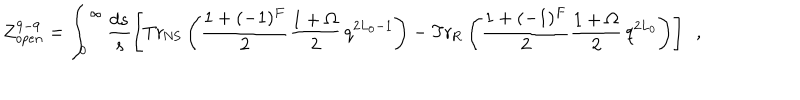
{ \cal Z } _ { o p e n } ^ { 9 - 9 } = \int _ { 0 } ^ { \infty } \frac { d s } { s } \left[ \mathrm { T r } _ { \mathrm { N S } } \left( { { \frac { 1 + ( - 1 ) ^ { F } } { 2 } } } { \frac { 1 + \Omega } { 2 } } \, q ^ { 2 L _ { 0 } - 1 } \right) - \mathrm { T r } _ { \mathrm { R } } \left( { { \frac { 1 + ( - 1 ) ^ { F } } { 2 } } } { \frac { 1 + \Omega } { 2 } } \, q ^ { 2 L _ { 0 } } \right) \right] ~ ~ ,